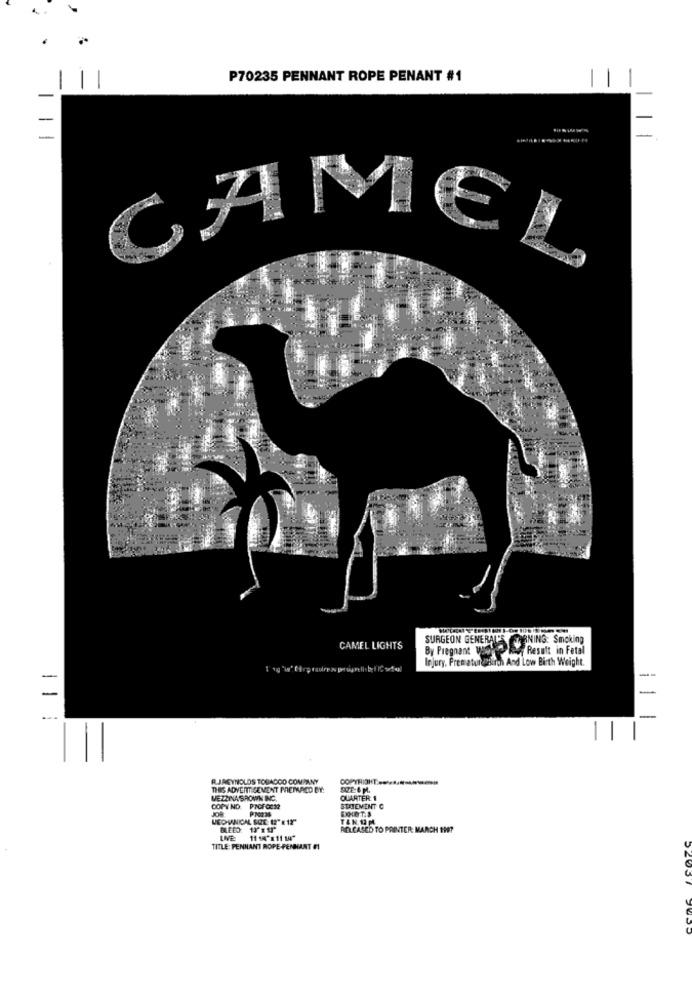
P70235 PENNANT ROPE PENANT #1
-
-
CAME
SURGEON GENERAL'S
TRNING: Smoking
CAMEL LIGHTS
By Pregnant UR
Result in Fetal
Injury, Prematurdesire And Low Birth Weight.
-
-.
-
RJAGYNOLDS TOBACCO COMPANY
COPYRIGHT :-
THIS ADVERTISEMENT PRETWAOD DY:
STE:& M.
MEZZINA SHOWN INC.
QUARTER 1
COPY ND: PIGFOC32
STATEMENT C
TAN IM
RELEASED TO PRINTER: MARCH 1997
LIVE
11 16" 8 11 14"
TITLE: PENNANT ROPE-PENNANT F1